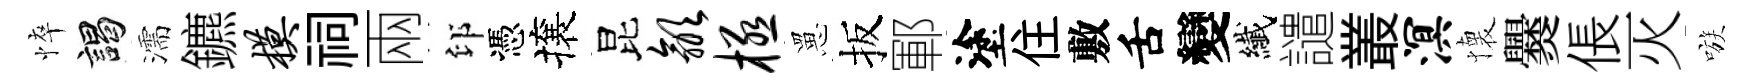
悴謁濡鑣模祠兩印憑攘昆歙极罳扳鄆塗住敷舌變纎譴叢溟懐爨倀灭嗾